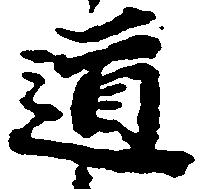
道